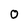
Character: O